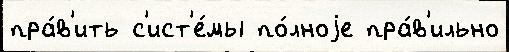
пра́в'ить с'ист'е́мы по́лноjе пра́в'ильно